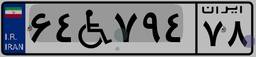
۶۴W۷۹۴۷۸